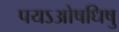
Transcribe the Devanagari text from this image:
पयऽओषधिषु